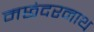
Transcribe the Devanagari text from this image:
मछंदरनाथ